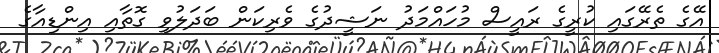
އޭގެ ތެރޭގައި ކުރީގެ ރައީސް މުހައްމަދު ނަޝީދުގެ ވެރިކަން ބަދަލުވި ގޮތާއި އިންޑިއާގެ